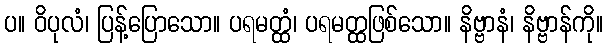
ပ။ ဝိပုလံ၊ ပြန့်ပြောသော။ ပရမတ္ထံ၊ ပရမတ္ထဖြစ်သော။ နိဗ္ဗာနံ၊ နိဗ္ဗာန်ကို။